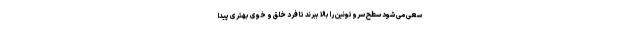
سعی می شود سطح سروتونین را بالا ببرند تا فرد خلق و خوی بهتری پیدا